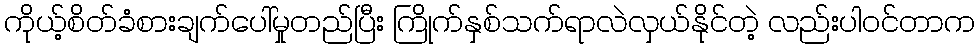
ကိုယ့်စိတ်ခံစားချက်ပေါ်မှုတည်ပြီး ကြိုက်နှစ်သက်ရာလဲလှယ်နိုင်တဲ့ လည်းပါဝင်တာက